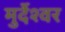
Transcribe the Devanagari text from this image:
मुर्देश्वर